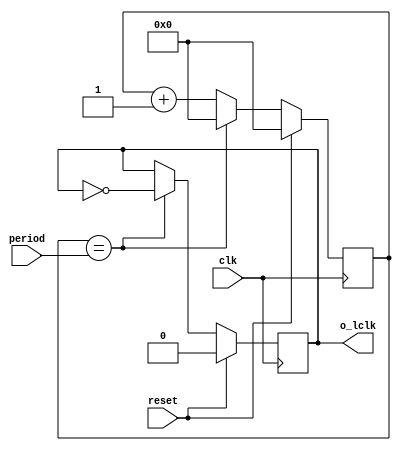
`timescale 1ns / 1ps
//////////////////////////////////////////////////////////////////////////////////
// Company: 
// Engineer: 
// 
// Design Name: 
// Module Name:    lowclk 
// Project Name: 
// Target Devices: 
// Tool versions: 
// Description: 
//
// Dependencies: 
//
// Revision: 
// Revision 0.01 - File Created
// Additional Comments: 
//
//////////////////////////////////////////////////////////////////////////////////
module lowclk( 
	output reg o_lclk,
	input clk,
	input [31:0] period,
	input reset
	);

reg [31:0] counter;

always@( posedge clk ) begin
	if( reset ) counter <= 0;
	else if( counter == period ) counter <= 0;
	else counter <= counter + 1;
end

always@( posedge clk ) begin
	if( reset ) o_lclk <= 0;
	else if( counter == period  ) o_lclk <= ~o_lclk;
	else o_lclk <= o_lclk;
end
endmodule